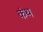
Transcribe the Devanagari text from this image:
कंथ